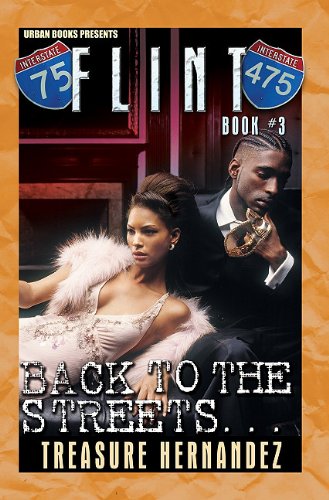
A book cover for Flint: Book 3; Treasure Hernandez; Romance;